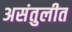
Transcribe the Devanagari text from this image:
असंतुलीत